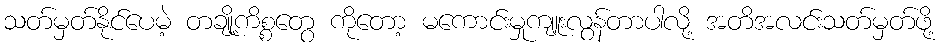
သတ်မှတ်နိုင်ပေမဲ့ တချို့ကိစ္စတွေ ကိုတော့ မကောင်းမှုကျူးလွန်တာပါလို့ အတိအလင်းသတ်မှတ်ဖို့